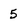
Character: 5